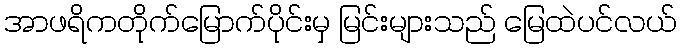
အာဖရိကတိုက်မြောက်ပိုင်းမှ မြင်းများသည် မြေထဲပင်လယ်